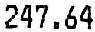
247.64